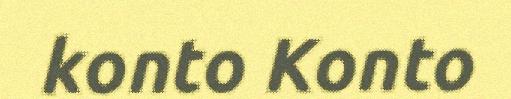
konto Konto